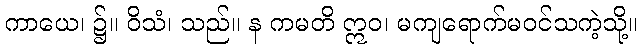
ကာယေ၊ ၌။ ဝိသံ၊ သည်။ န ကမတိ ဣဝ၊ မကျရောက်မဝင်သကဲ့သို့။